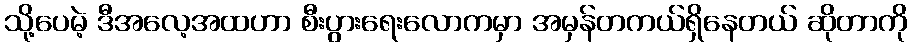
သို့ပေမဲ့ ဒီအလေ့အထဟာ စီးပွားရေးလောကမှာ အမှန်တကယ်ရှိနေတယ် ဆိုတာကို